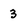
Character: 3